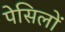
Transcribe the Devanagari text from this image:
पेसिलों